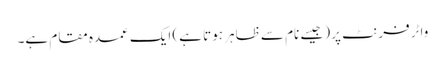
واٹر فرنٹ پر (جیسے نام سے ظاہر ہوتا ہے) ایک عمدہ مقام ہے۔